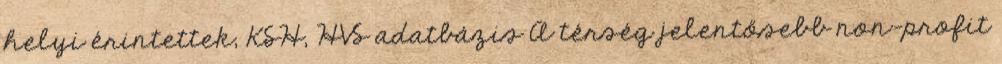
helyi érintettek, KSH, HVS adatbázis A térség jelentősebb non-profit